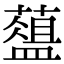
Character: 𦿘